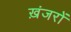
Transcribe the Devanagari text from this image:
ख़ंजरों